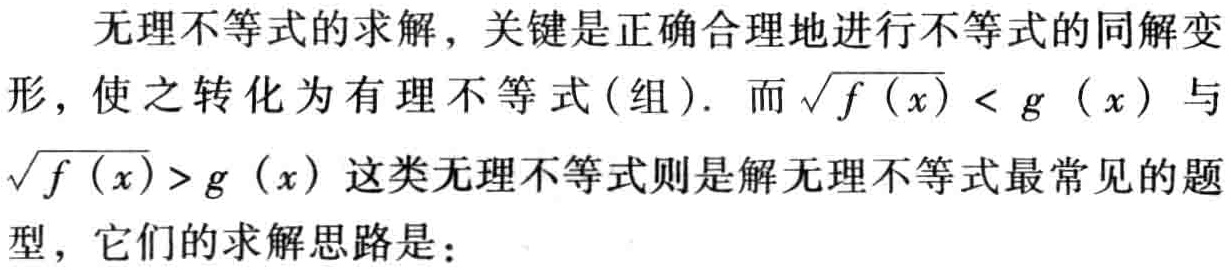
无理不等式的求解，关键是正确合理地进行不等式的同解变形，使之转化为有理不等式(组). 而\(\sqrt{f(x)} < g(x)\)与\(\sqrt{f(x)}>g(x)\)这类无理不等式则是解无理不等式最常见的题型，它们的求解思路是：